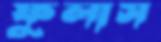
ফুলাস